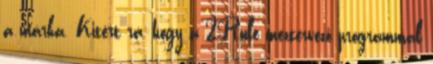
a márka. Kitért rá, hogy a 2Rule meztervező programmal